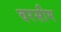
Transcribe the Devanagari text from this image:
वरसीम